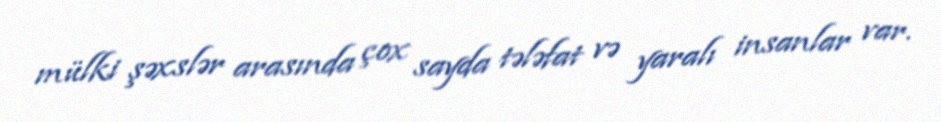
mülki şəxslər arasında çox sayda tələfat və yaralı insanlar var.